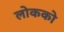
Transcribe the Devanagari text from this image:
लोकको